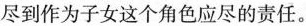
尽到作为子女这个角色应尽的责任。